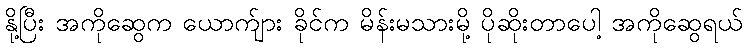
နို့ပြီး အကိုဆွေက ယောက်ျား ခိုင်က မိန်းမသားမို့ ပိုဆိုးတာပေါ့ အကိုဆွေရယ်